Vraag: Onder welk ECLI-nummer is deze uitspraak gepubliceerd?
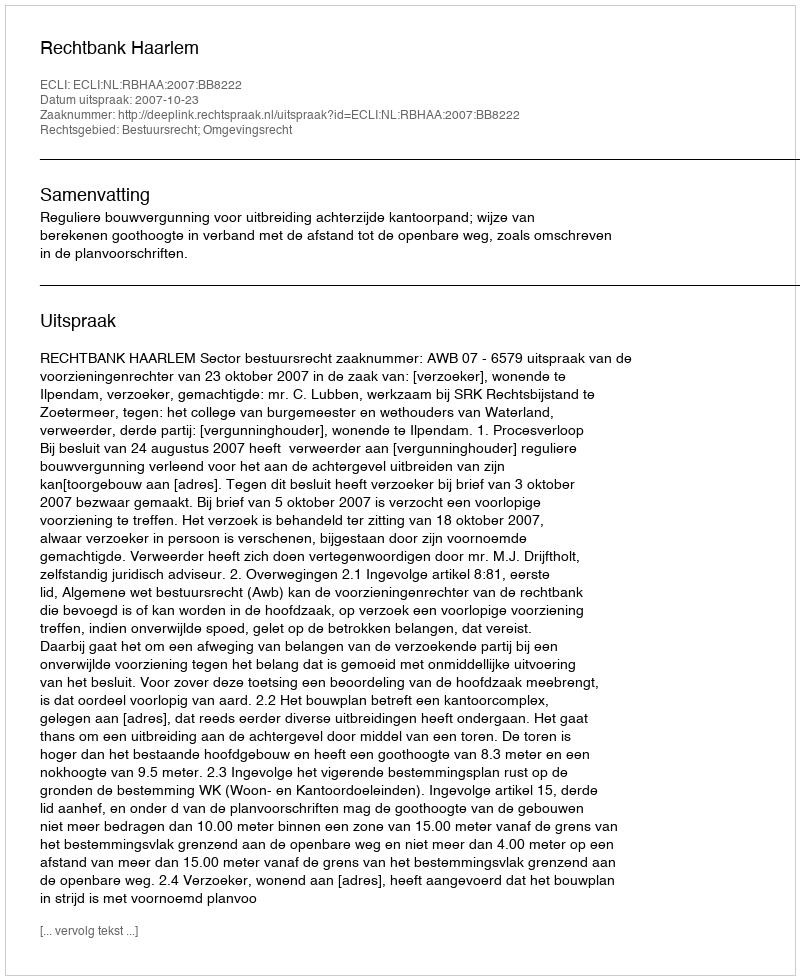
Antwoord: ECLI:NL:RBHAA:2007:BB8222